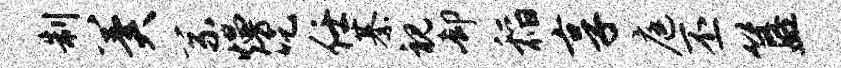
制冀系熳吃任綦视却稻享庭丕簋